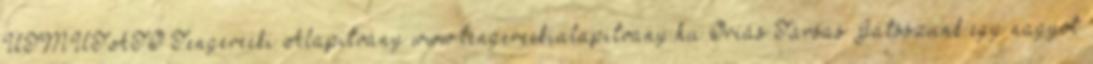
ÚTMUTATÓ Tengerecki Alapítvány www.tengereckialapitvany.hu Óriás Társas Játsszunk egy nagyot